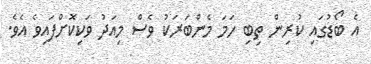
އެ ބޯޑުގައި ކުރިން ތިބި ހަމަ މެންބަރަކު ވެސް މިއަދު ވަކިކޮށްފައިވެ އެވެ.